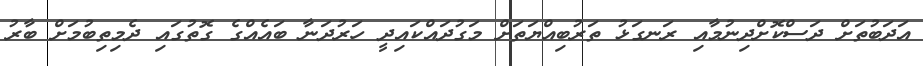
އަދަބުތަށް ދަސްކޮށްދިނުމާއި ރަނގަޅު ތަރުބިއްޔަތަށް މަގުދައްކައިދީ ހަރުދަނާ ބައެއްގެ ގޮތުގައި ދެމިތިބުމަށް ބާރު